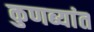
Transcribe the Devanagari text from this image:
कुणब्यांत